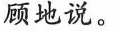
顾地说。